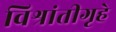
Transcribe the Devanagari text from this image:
विश्रांतीगृहे